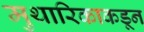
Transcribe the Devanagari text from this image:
मुथारिकाकडून